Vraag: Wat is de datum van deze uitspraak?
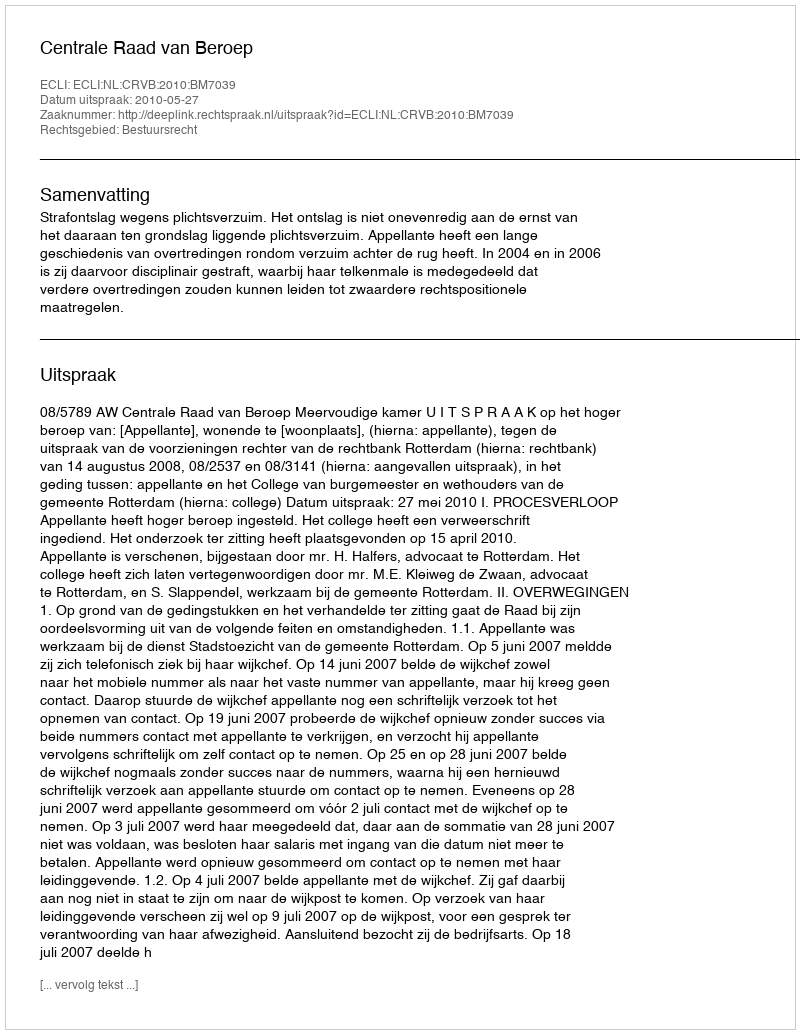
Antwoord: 2010-05-27